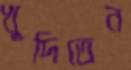
খুদিতেন